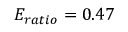
E _ { r a t i o } = 0 . 4 7